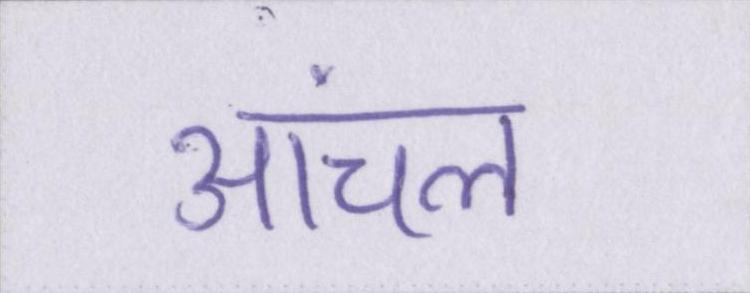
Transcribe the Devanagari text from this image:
आंचल